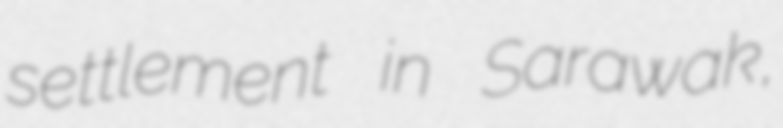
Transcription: settlement in Sarawak,